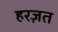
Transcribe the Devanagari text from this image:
हरज़त